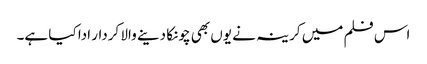
اس فلم میں کرینہ نے یوں بھی چونکا دینے والا کردار ادا کیا ہے۔